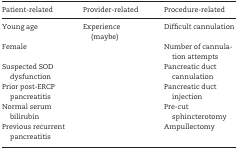
| Patient-related | Provider-related | Procedure-related |
 | --- | --- | --- |
 | Young age | Experience (maybe) | Difficult cannulation |
 | Female |  | Number of cannulation attempts |
 | Suspected SOD dysfunction |  | Pancreatic duct cannulation |
 | Prior post-ERCP pancreatitis |  | Pancreatic duct injection |
 | Normal serum bilirubin |  | Pre-cut sphincterotomy |
 | Previous recurrent pancreatitis |  | Ampullectomy |